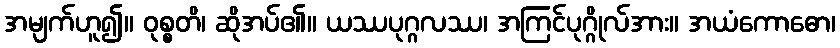
အမျက်ဟူ၍။ ဝုစ္စတိ၊ ဆိုအပ်၏။ ယဿပုဂ္ဂလဿ၊ အကြင်ပုဂ္ဂိုလ်အား။ အယံကောဓော၊